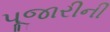
પૂજારીની